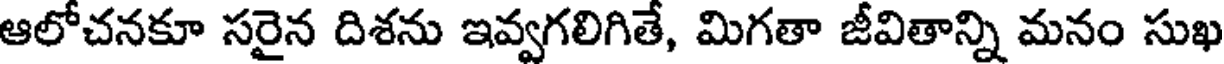
ఆలోచనకూ సరైన దిశను ఇవ్వగలిగితే, మిగతా జీవితాన్ని మనం సుఖ